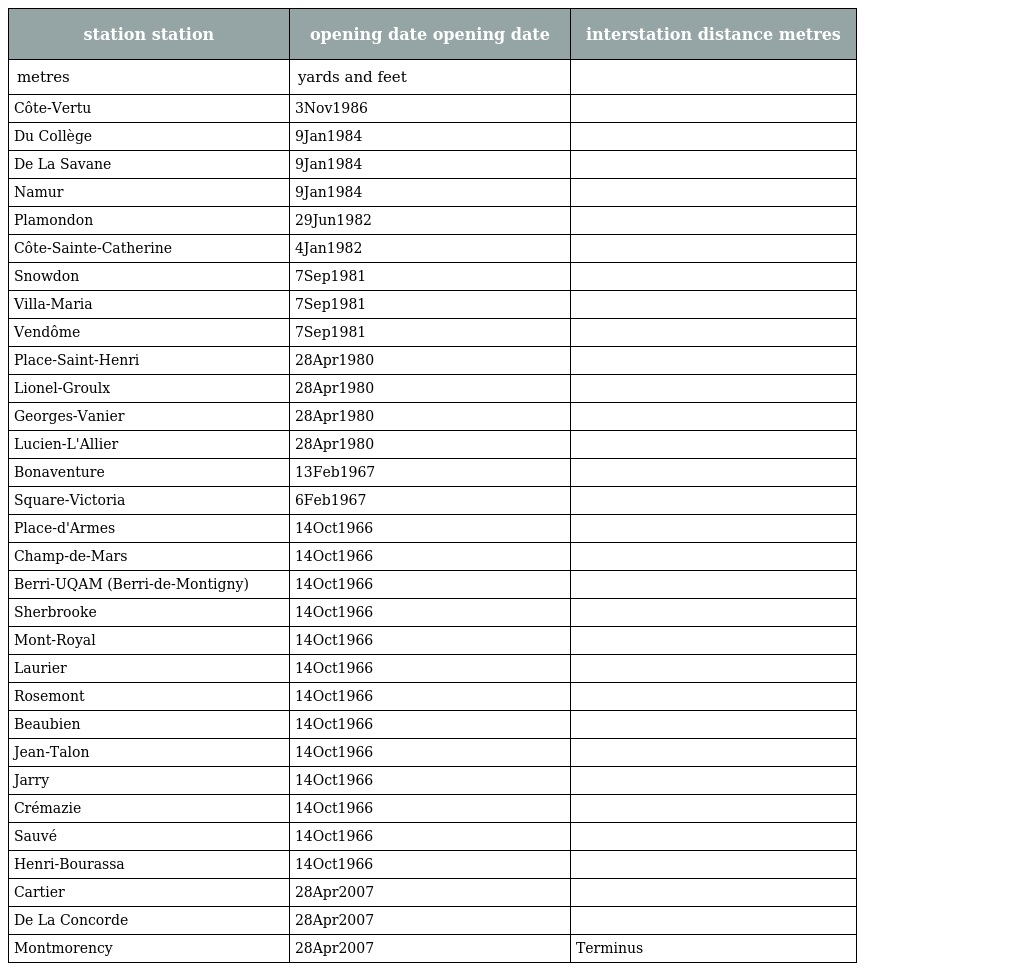
| station station | opening date opening date | interstation distance metres |
 | --- | --- | --- |
 | metres | yards and feet |  |
 | Côte-Vertu | 3Nov1986 |  |
 | Du Collège | 9Jan1984 |  |
 | De La Savane | 9Jan1984 |  |
 | Namur | 9Jan1984 |  |
 | Plamondon | 29Jun1982 |  |
 | Côte-Sainte-Catherine | 4Jan1982 |  |
 | Snowdon | 7Sep1981 |  |
 | Villa-Maria | 7Sep1981 |  |
 | Vendôme | 7Sep1981 |  |
 | Place-Saint-Henri | 28Apr1980 |  |
 | Lionel-Groulx | 28Apr1980 |  |
 | Georges-Vanier | 28Apr1980 |  |
 | Lucien-L'Allier | 28Apr1980 |  |
 | Bonaventure | 13Feb1967 |  |
 | Square-Victoria | 6Feb1967 |  |
 | Place-d'Armes | 14Oct1966 |  |
 | Champ-de-Mars | 14Oct1966 |  |
 | Berri-UQAM (Berri-de-Montigny) | 14Oct1966 |  |
 | Sherbrooke | 14Oct1966 |  |
 | Mont-Royal | 14Oct1966 |  |
 | Laurier | 14Oct1966 |  |
 | Rosemont | 14Oct1966 |  |
 | Beaubien | 14Oct1966 |  |
 | Jean-Talon | 14Oct1966 |  |
 | Jarry | 14Oct1966 |  |
 | Crémazie | 14Oct1966 |  |
 | Sauvé | 14Oct1966 |  |
 | Henri-Bourassa | 14Oct1966 |  |
 | Cartier | 28Apr2007 |  |
 | De La Concorde | 28Apr2007 |  |
 | Montmorency | 28Apr2007 | Terminus |